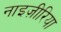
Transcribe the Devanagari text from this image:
नाइज़ीरिया